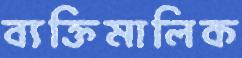
ব্যক্তিমালিক